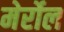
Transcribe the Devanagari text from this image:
मेर्रोल